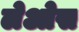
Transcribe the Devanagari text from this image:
लेओस